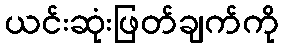
ယင်းဆုံးဖြတ်ချက်ကို